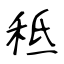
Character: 秪